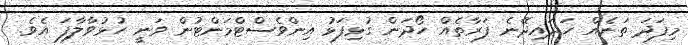
މިފަދަ ތަނެއް ހަދައިދޭނެ ފަރާތެއް ހޯދަން ގުޅިފަޅު އިންވެސްޓްމަންޓުން ވަނީ ހުޅުވާލާފަ އެވެ.